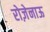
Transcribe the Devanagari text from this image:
रोज़ेनाऊ